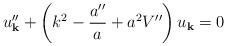
LaTeX: \begin{align*}u_{\bf k}^{\prime \prime} + \left( k^2 -\frac{a^{\prime \prime}}{a} +a^2 V^{\prime\prime} \right)u_{\bf k} = 0\end{align*}